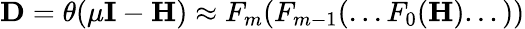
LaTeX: \boldsymbol{\textbf{D}}=\theta(\mu\textbf{I}-{\boldsymbol{\textbf{H}}})\approx F_{m}(F_{m-1}(...F_{0}(\boldsymbol{\textbf{H}})...))